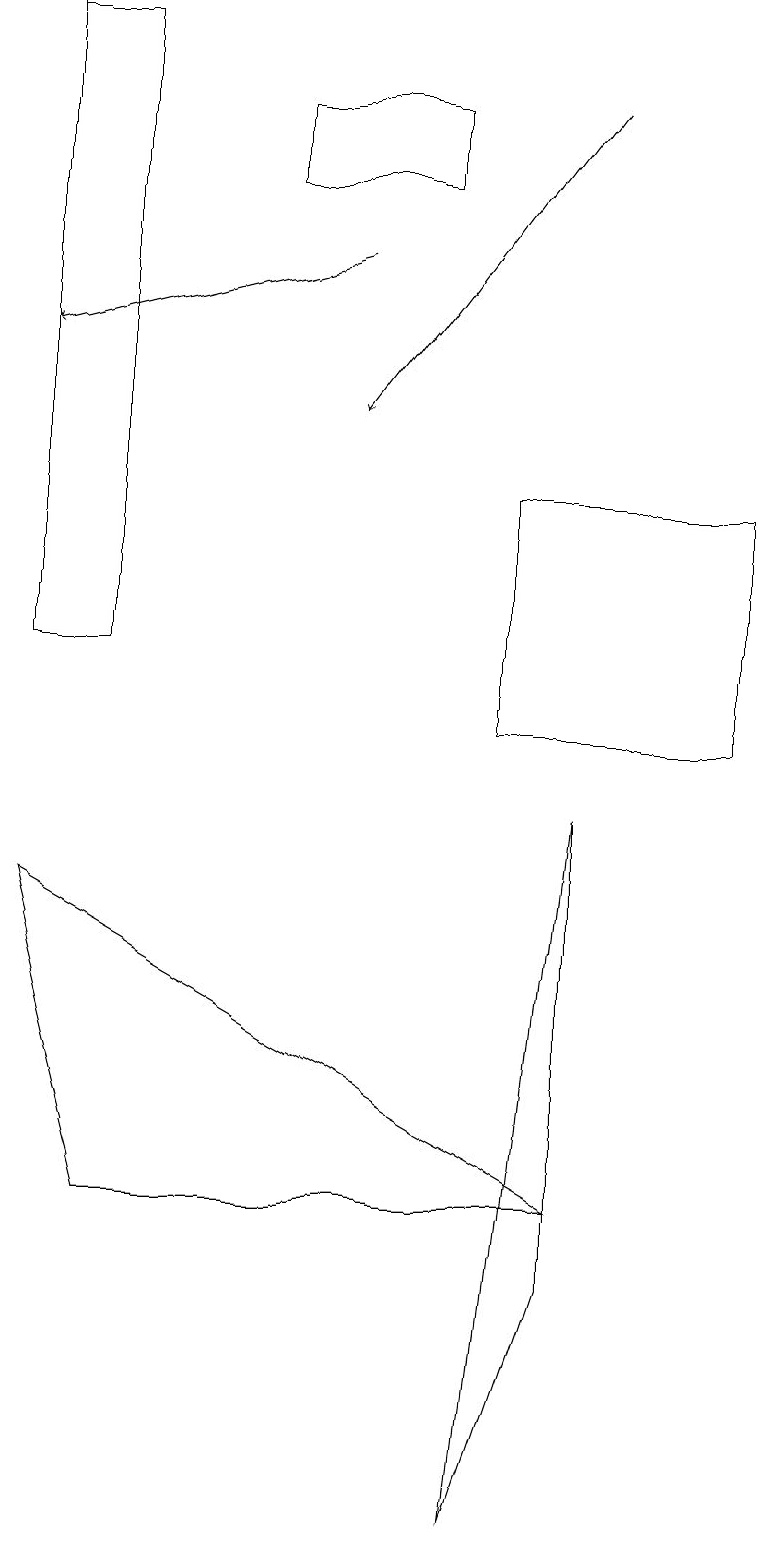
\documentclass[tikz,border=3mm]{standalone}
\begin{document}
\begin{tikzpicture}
\draw (0,8) -- (7,4) -- (1,4) -- cycle;
\draw (6,0) -- (7,9) -- (7,3) -- cycle;
\draw[->] (4,16) -- (0,15);
\draw[->] (7,18) -- (4,14);
\draw (9,13) rectangle (6,10);
\draw (3,18) rectangle (5,17);
\draw (1,11) rectangle (0,19);
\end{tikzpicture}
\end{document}